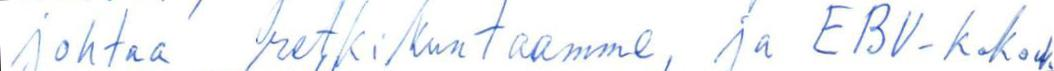
johtaa retkikuntaamme, ja EBV-kokouk-